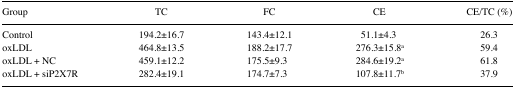
<table><thead><tr><td><b>Group</b></td><td><b>TC</b></td><td><b>FC</b></td><td><b>CE</b></td><td><b>CE/TC (%)</b></td></tr></thead><tbody><tr><td>Control</td><td>194.2±16.7</td><td>143.4±12.1</td><td>51.1±4.3</td><td>26.3</td></tr><tr><td>oxLDL</td><td>464.8±13.5</td><td>188.2±17.7</td><td>276.3±15.8a</td><td>59.4</td></tr><tr><td>oxLDL + NC</td><td>459.1±12.2</td><td>175.5±9.3</td><td>284.6±19.2a</td><td>61.8</td></tr><tr><td>oxLDL + siP2X7R</td><td>282.4±19.1</td><td>174.7±7.3</td><td>107.8±11.7b</td><td>37.9</td></tr></tbody></table>